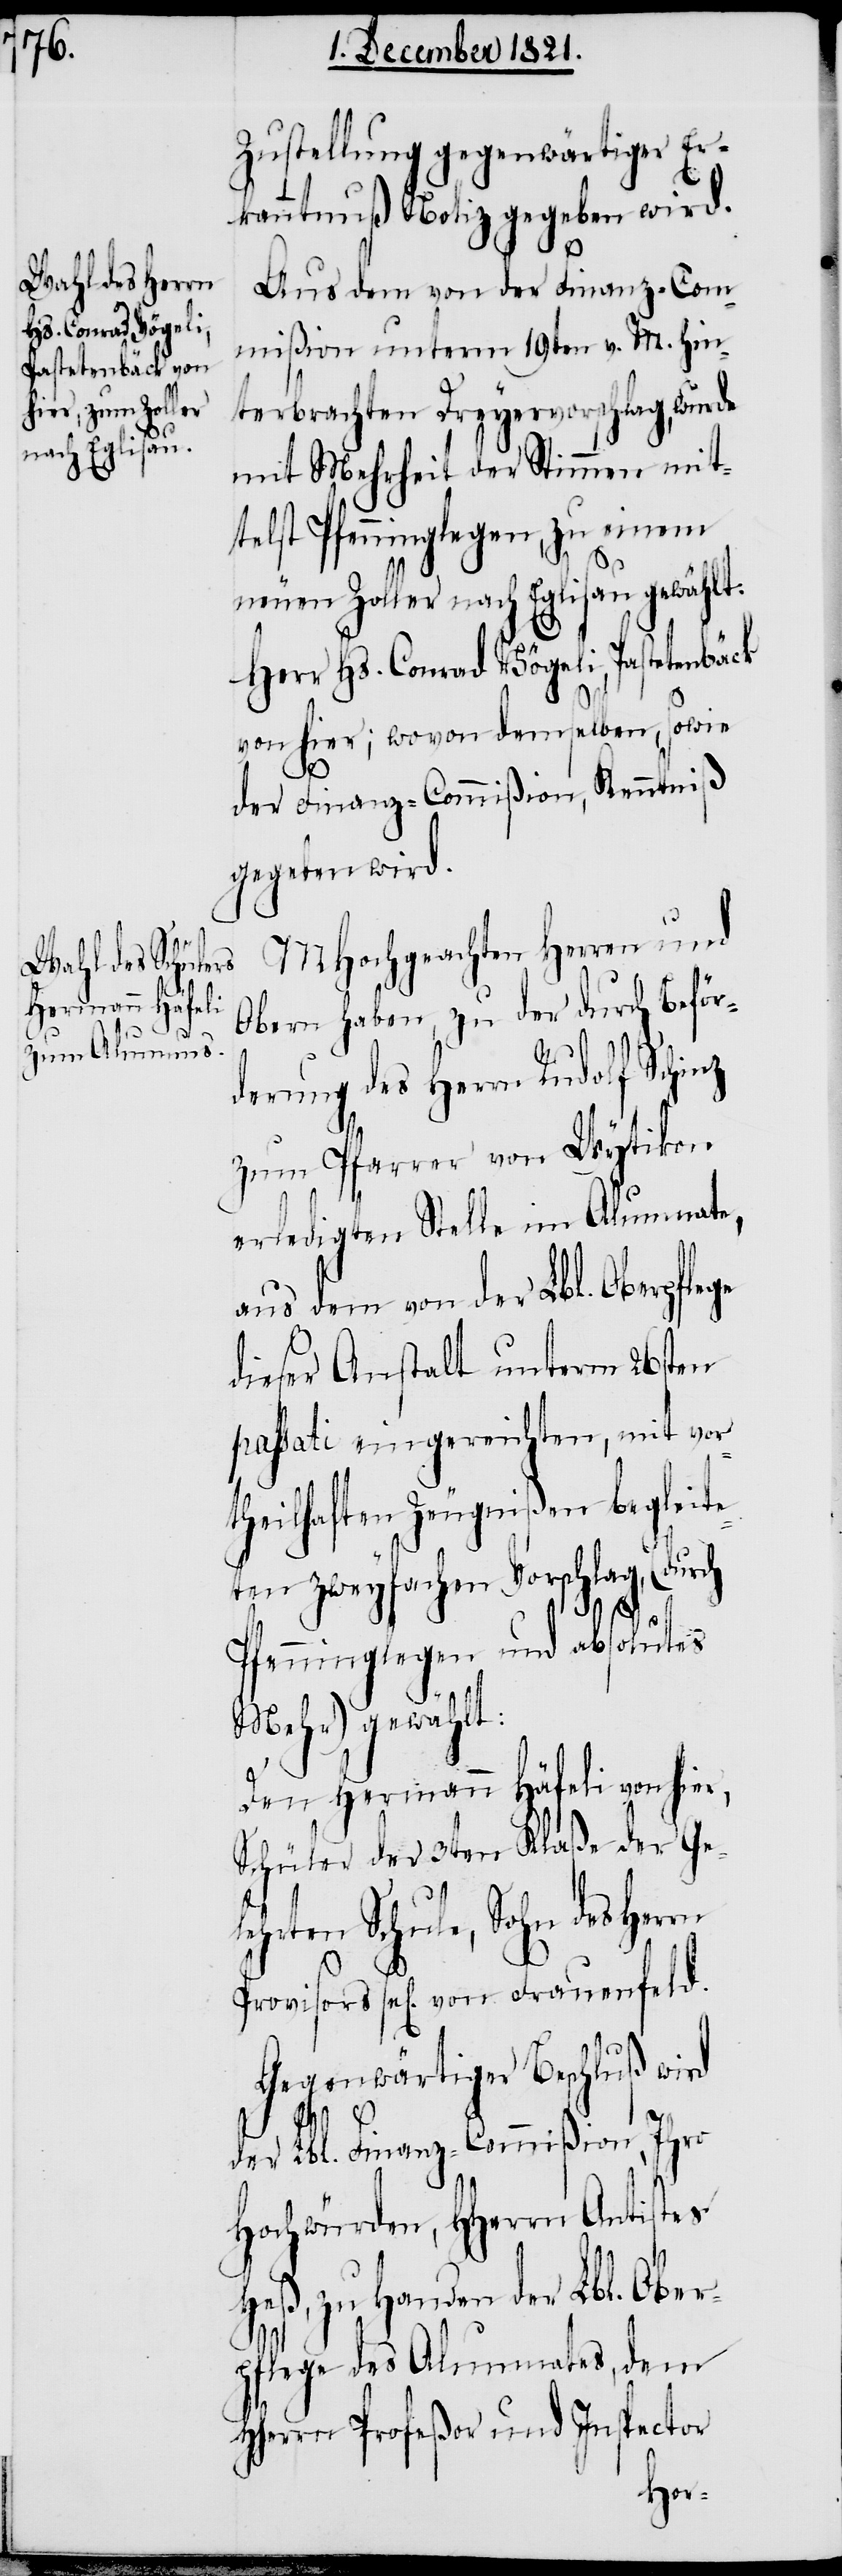
Zustellung gegenwärtiger Er¬
kanntnuß Notiz gegeben wird.
Aus dem von der Finanz-Com¬
mißion unterm 19ten v. M. hin¬
terbrachten Dreyervorschlag, wurde
mit Mehrheit der Stimmen mit¬
telst Pfenninglegen, zu einem
neuen Zoller nach Eglisau gewählt,
Herr Hs. Conrad Vögeli, Pastetenbäck
von hier; wovon demselben, sowie
der Finanz-Commißion Kenntniß
gegeben wird.
MHochgeachten Herren und
Obern haben, zu der durch Beför¬
derung des Herrn Rudolf Schinz
zum Pfarrer von Wytikon
erledigten Stelle im Alumnate,
aus dem von der Lbl. Oberpflege
dieser Anstalt unterm 26sten
passati eingereichten, mit vor¬
theilhaften Zeugnißen begleit¬
eten zweyfachen Vorschlag, (durch
Pfenninglegen und absolutes
Mehr) gewählt:
Den Hermann Häfeli von hier,
Schüler der 3ten Klaße der Gel¬
ehrten Schule, Sohn des Herrn
Provisors sel. von Frauenfeld.
Gegenwärtiger Beschluß wird
der Lbl. Finanz-Commißion, Ihro
Hochwürden, HHerrn Antistes
Heß, zu Handen der Lbl. Ober¬
pflege des Alumnates, dem
HHerrn Profeßor und Inspector